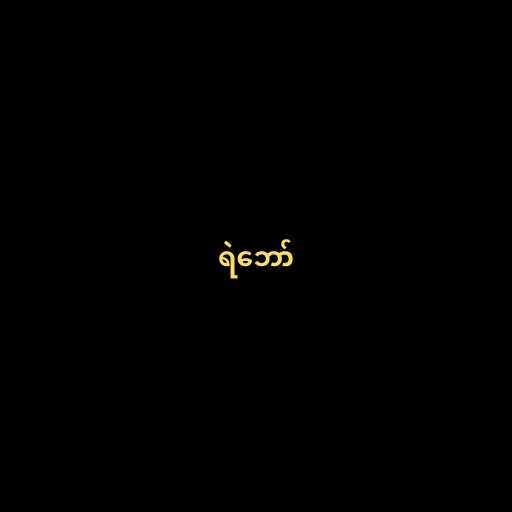
ရဲဘော်